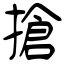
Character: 搶